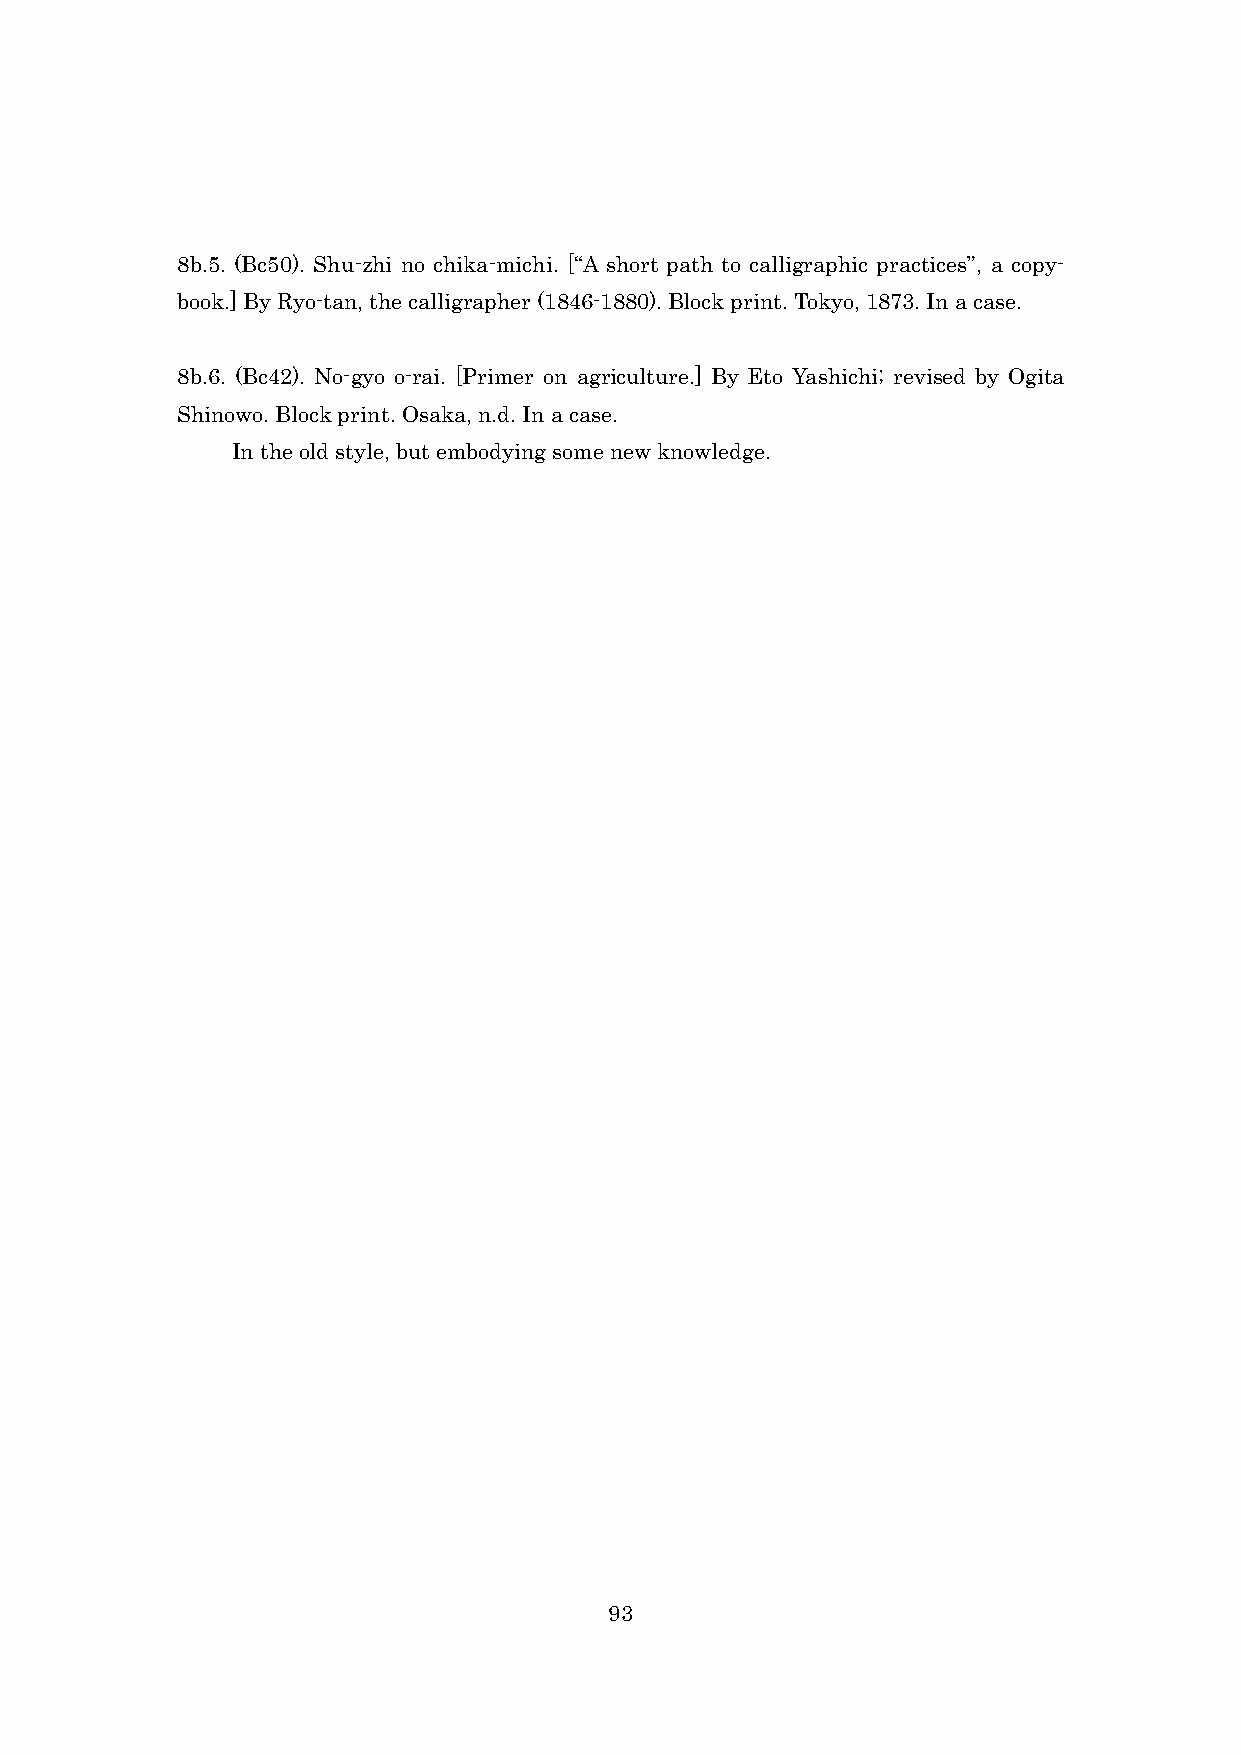
8b.5. (Bc50). Shu-zhi no chika-michi. [“A short path to calligraphic practices”, a copy-
 book.] By Ryo-tan, the calligrapher (1846-1880). Block print. Tokyo, 1873. In a case.
 8b.6. (Bc42). No-gyo o-rai. [Primer on agriculture.] By Eto Yashichi; revised by Ogita
 Shinowo. Block print. Osaka, n.d. In a case.
 In the old style, but embodying some new knowledge.
 93